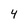
Character: 4